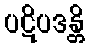
ပဋိပဒန္တိ